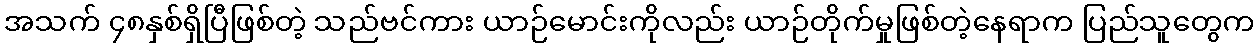
အသက် ၄၈နှစ်ရှိပြီဖြစ်တဲ့ သည်ဗင်ကား ယာဉ်မောင်းကိုလည်း ယာဉ်တိုက်မှုဖြစ်တဲ့နေရာက ပြည်သူတွေက